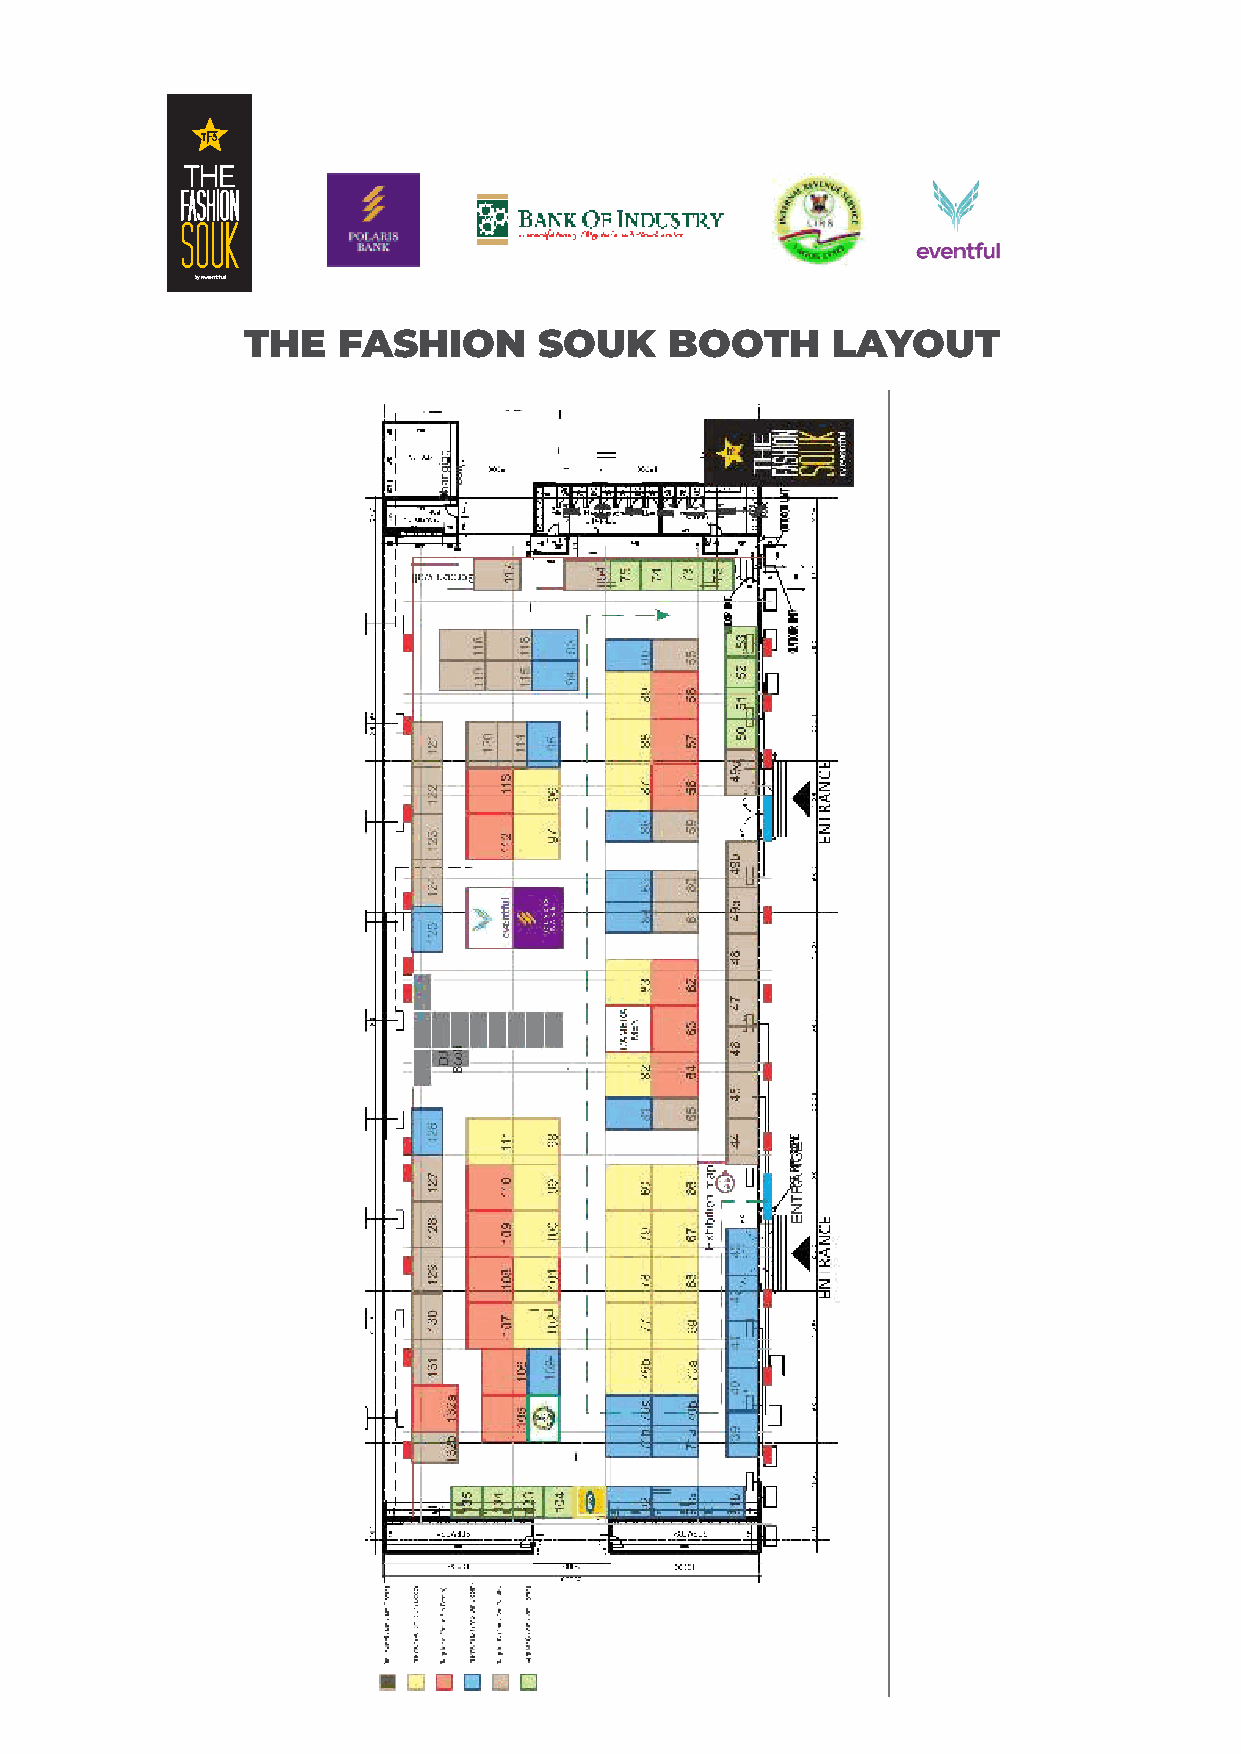
THE   FASHION       SOUK    BOOTH      LAYOUT